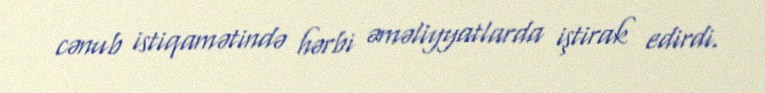
cənub istiqamətində hərbi əməliyyatlarda iştirak edirdi.